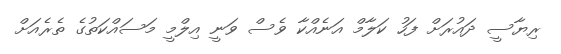
ރިޔާސީ ދައުރަށް ފަހު ކަލާމް އަނެއްކާ ވެސް ވަނީ އިލްމީ މަަސައްކަތުގެ ތެރެއަށް